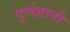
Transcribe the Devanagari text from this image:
पूर्णज्ञानी